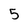
Character: 5